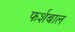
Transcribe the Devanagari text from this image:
फर्शबाल